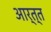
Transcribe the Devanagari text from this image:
आर्त्त